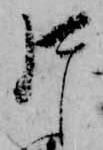
片